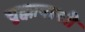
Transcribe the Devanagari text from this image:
चुक्कापल्ली